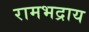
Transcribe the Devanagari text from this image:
रामभद्राय